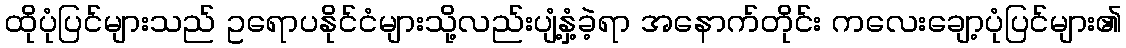
ထိုပုံပြင်များသည် ဥရောပနိုင်ငံများသို့လည်းပျံ့နှံ့ခဲ့ရာ အနောက်တိုင်း ကလေးချော့ပုံပြင်များ၏